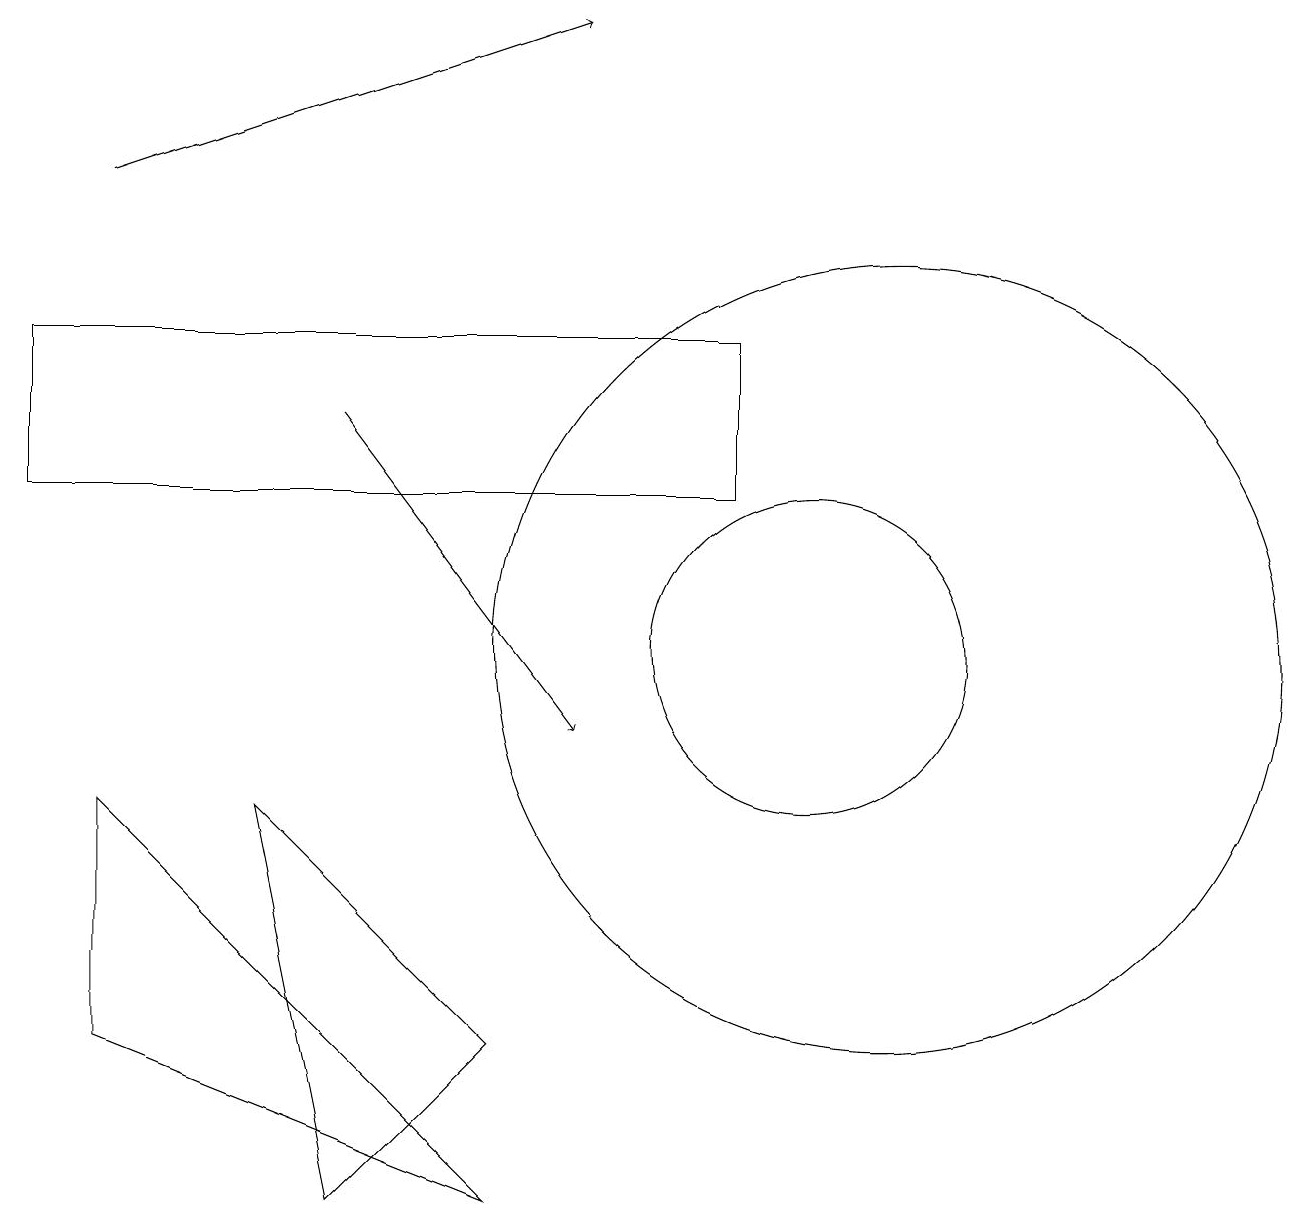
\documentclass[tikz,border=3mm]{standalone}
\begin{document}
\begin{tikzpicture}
\draw (1,9) -- (6,4) -- (1,6) -- cycle;
\draw (9,13) rectangle (0,15);
\draw (10,11) circle (2);
\draw[->] (4,14) -- (7,10);
\draw[->] (1,17) -- (7,19);
\draw (4,4) -- (6,6) -- (3,9) -- cycle;
\draw (11,11) circle (5);
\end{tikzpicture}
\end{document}